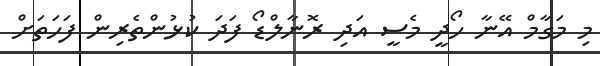
މި މަގާމް އޭނާ ހޯދީ މެސީ އަދި ރޮނާލްޑޯ ފަދަ ކުޅުންތެރިން ފަހަތަށް